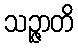
သဉ္ဇာတိ